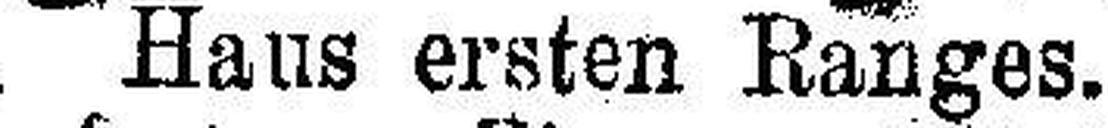
Haus ersten Ranges.